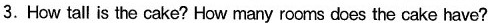
3. How tall is the cake? How many rooms does the cake have?